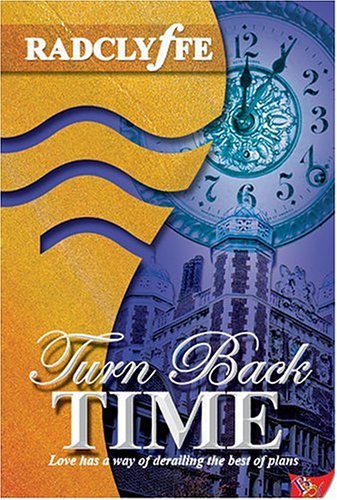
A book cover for Turn Back Time; Radclyffe; Romance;